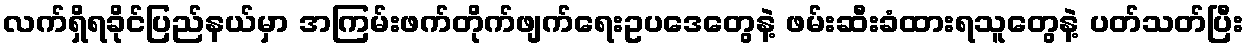
လက်ရှိရခိုင်ပြည်နယ်မှာ အကြမ်းဖက်တိုက်ဖျက်ရေးဥပဒေတွေနဲ့ ဖမ်းဆီးခံထားရသူတွေနဲ့ ပတ်သတ်ပြီး